Vaccination United Provinces of Agra and Oudh 1923-1928 - 1923-1928
Year: 1923
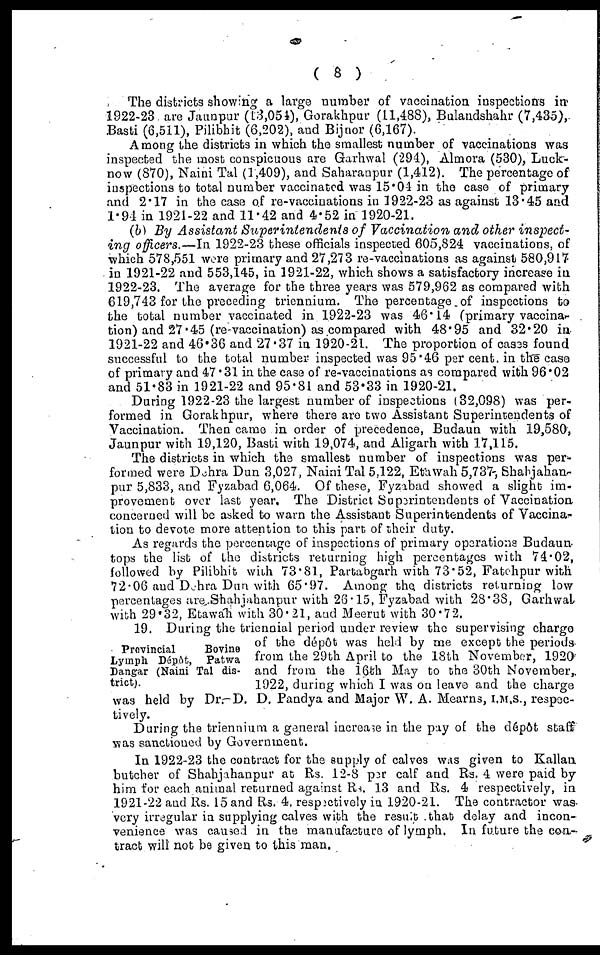
( 8 )
The districts showing a large number of vaccination inspections in
1922-23 are Jaunpur (13,054), Gorakhpur (11,488), Bulandshahr (7,435),
Basti (6,511), Pilibhit (6,202), and Bijnor (6,167).
Among the districts in which the smallest number of vaccinations was
inspected the most conspicuous are Garhwal (294), Almora (530), Luck-
now (870), Naini Tal (1,409), and Saharanpur (1,412). The percentage of
inspections to total number vaccinated was 15.04 in the case of primary
and 2.17 in the case of re-vaccinations in 1922-23 as against 13.45 and
1.94 in 1921-22 and 11.42 and 4.52 in 1920-21.
(b) By Assistant Superintendents
of Vaccination and other inspect-
ing officers.—In 1922-23 these officials inspected 605,824 vaccinations, of
which 578,551 were primary and 27,273 re-vaccinations as against 580,917
in 1921-22 and 553,145, in 1921-22, which shows a satisfactory increase in
1922-23. The average for the three years was 579,962 as compared with
619,743 for the preceding triennium. The percentage of inspections to
the total number vaccinated in 1922-23 was 46.14 (primary vaccina.
tion) and 27.45 (re-vaccination) as compared with 48.95 and 32.20 in
1921-22 and 46.36 and 27.37 in 1920-21. The proportion of cases found
successful to the total number inspected was 95.46 per cent. in the case
of primary and 47.31 in the case of re-vaccinations as compared with 96.02
and 51.83 in 1921-22 and 95.81 and 53.33 in 1920-21.
During 1922-23 the largest number of inspections (32,098) was per-
formed in Gorakhpur, where there are two Assistant Superintendents of
Vaccination. Then came in order of precedence, Budaun with 19,580,
Jaunpur with 19,120, Basti with 19,074, and Aligarh with 17,115.
The districts in which the smallest number of inspections was per-
formed were Dehra Dun 3,027, Naini Tal 5,122, Etawah 5,737, Shahjahan-
pur 5,833, and Fyzabad 6,064. Of these, Fyzabad showed a slight im-
provement over last year. The District Superintendents of Vaccination
concerned will be asked to warn the Assistant Superintendents of Vaccina-
tion to devote more attention to this part of their duty.
As regards the percentage of inspections of primary operations Budaun
tops the list of the districts returning high percentages with 74.02,
followed by Pilibhit with 73.81, Partabgarh with 73.52, Fatehpur with
72.06 and Dehra Dun with 65.97. Among the districts returning low
percentages are Shahjahanpur with 26.15, Fyzabad with 28.38, Garhwal
with 29.32, Etawah with 30.21, and Meerut with 30.72.
Provincial
Bovine
Lymph Dépôt, Patwa
Dangar (Naini Tal dis-
trict).
19. During the triennial period under review the supervising charge
of the dépôt was hold by me except the periods
from the 29th April to the 18th November, 1920
and from the 16th May to the 30th November,
1922, during which I was on leave and the charge
was held by Dr. D. D. Pandya and Major W. A. Mearns, I.M.S., respec-
tively.
During the triennium a general increase in the pay of the dépôt staff
was sanctioned by Government.
In 1922-23 the contract for the supply of calves was given to Kallan
butcher of Shahjahanpur at Rs. 12-8 per calf and Rs. 4 were paid by
him for each animal returned against Rs. 13 and Rs. 4 respectively, in
1921-22 and Rs. 15 and Rs. 4. respectively in 1920-21. The contractor was
very irregular in supplying calves with the result that delay and incon-
venience was caused in the manufacture of lymph. In future the con-
tract will not be given to this man.